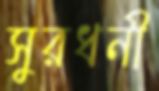
সুরধনী